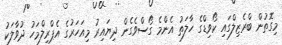
މިގޮތުން ބްރެޒިލްގައި ކޯވިޑްގެ ހާލަތު އެންމެ ގޯސްވެގެން ދިޔައިރު މިއަހަރުގެ އެޕްރިލްމަހު ދުވާލަކު